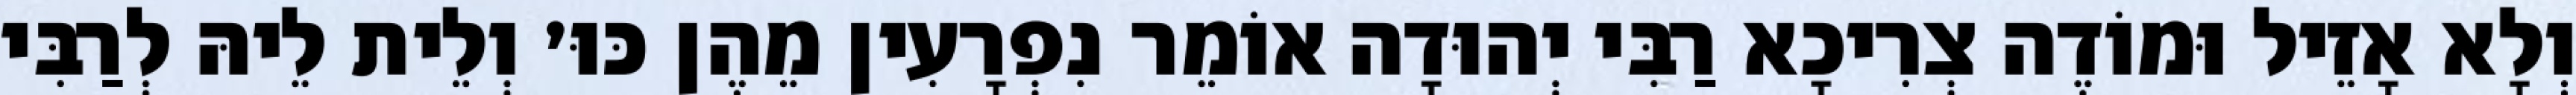
וְלָא אָזֵיל וּמוֹדֶה צְרִיכָא רַבִּי יְהוּדָה אוֹמֵר נִפְרָעִין מֵהֶן כּוּ׳ וְלֵית לֵיהּ לְרַבִּי